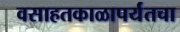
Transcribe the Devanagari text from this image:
वसाहतकाळापर्यंतचा